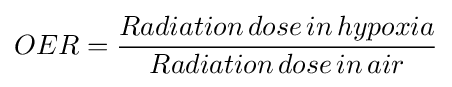
OER={\frac {Radiation\,dose\,in\,hypoxia}{Radiation\,dose\,in\,air}}